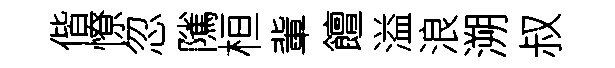
偕憭忽隲桓軰饘溢浪溯叔